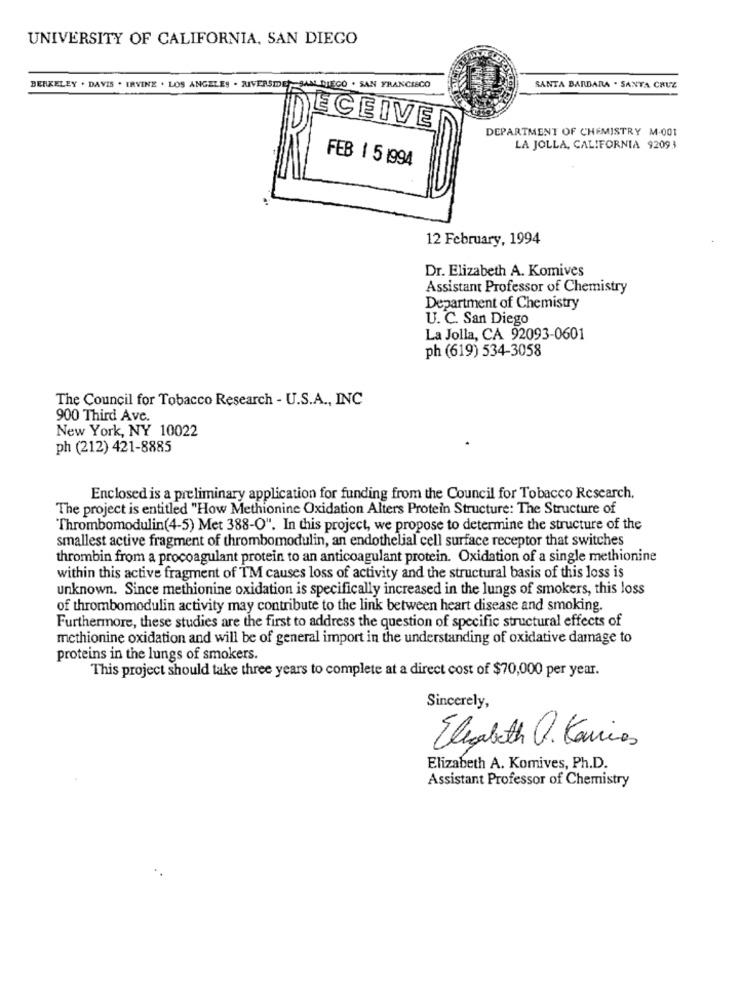
UNIVERSITY OF CALIFORNIA, SAN DIEGO
BERKELEY . DAVIS . IRVINE . LOS ANGELES . RIVERSIDE)-SAN DIEGO . SAN FRANCISCO
SANTA BARBARA . SANTA CRUZ
ECEIVE
DEPARTMENT OF CHEMISTRY M-001
LA JOLLA, CALIFORNIA 92093
FEB 1 5 1994
12 February, 1994
Dr. Elizabeth A. Komives
Assistant Professor of Chemistry
Department of Chemistry
U. C. San Diego
La Jolla, CA 92093-0601
ph (619) 534-3058
The Council for Tobacco Research - U.S.A ., INC
900 Third Ave.
New York, NY 10022
ph (212) 421-8885
Enclosed is a preliminary application for funding from the Council for Tobacco Research.
The project is entitled "How Methionine Oxidation Alters Protein Structure: The Structure of
Thrombomodulin(4-5) Met 388-O". In this project, we propose to determine the structure of the
smallest active fragment of thrombomodulin, an endothelial cell surface receptor that switches
thrombin from a procoagulant protein to an anticoagulant protein. Oxidation of a single methionine
within this active fragment of TM causes loss of activity and the structural basis of this loss is
unknown. Since methionine oxidation is specifically increased in the lungs of smokers, this loss
of thrombomodulin activity may contribute to the link between heart disease and smoking.
Furthermore, these studies are the first to address the question of specific structural effects of
methionine oxidation and will be of general import in the understanding of oxidative damage to
proteins in the lungs of smokers.
This project should take three years to complete at a direct cost of $70,000 per year.
Sincerely,
Elizabeth . Kancias
Elizabeth A. Komives, Ph.D.
Assistant Professor of Chemistry